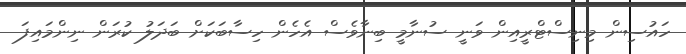
ހައުސިން މިނިސްޓްރީއިން ވަނީ ސުނާމީ ބިނާވެސް އެހެން ހިސާބަކަށް ބަދަލު ކުރަން ނިންމައިފަ